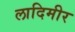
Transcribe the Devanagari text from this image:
लादिमीर